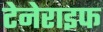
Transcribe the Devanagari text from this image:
टेनेराइफ